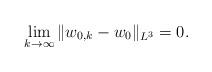
LaTeX: \begin{align*}\lim_{k\rightarrow\infty}\|w_{0,k}-w_{0}\|_{L^{3}}=0.\end{align*}